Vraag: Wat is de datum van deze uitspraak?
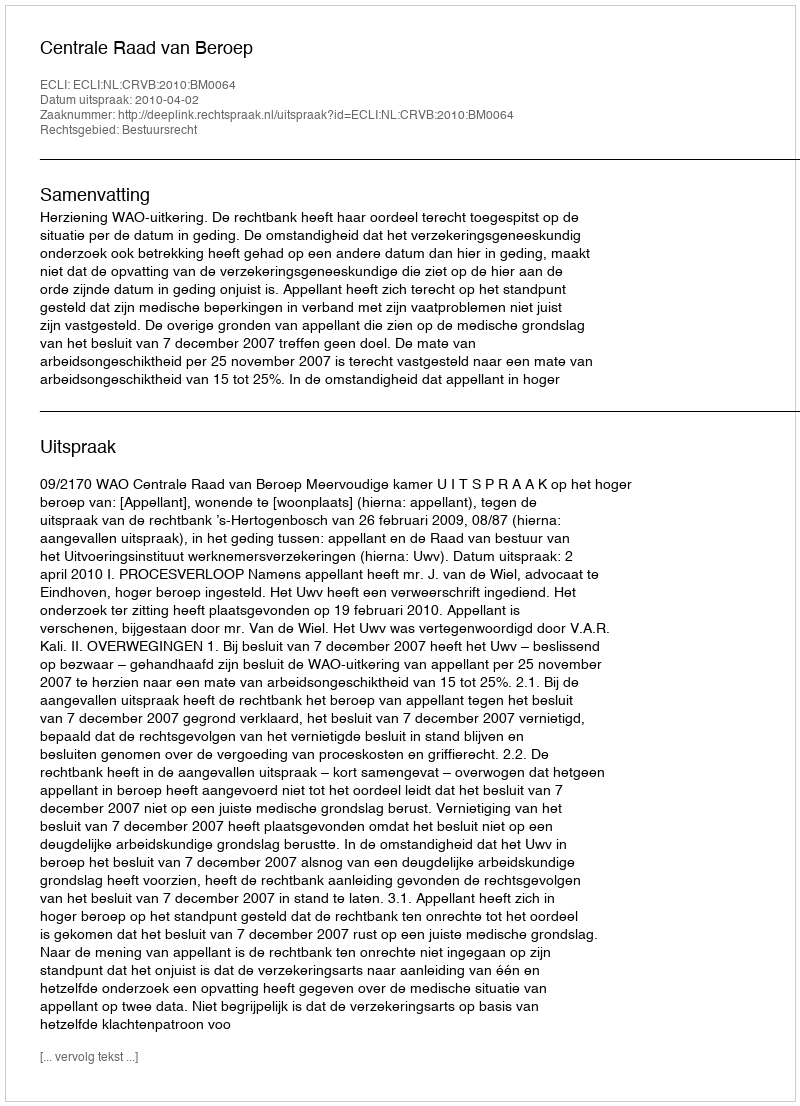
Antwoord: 2010-04-02